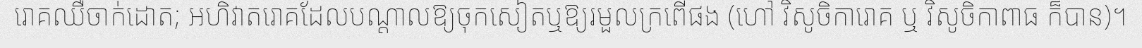
រោគឈឺចាក់ដោត; អហិវាតរោគដែលបណ្តាលឱ្យចុកសៀតឬឱ្យរមួលក្រពើផង (ហៅ វិសូចិការោគ ឬ វិសូចិកាពាធ ក៏បាន)។